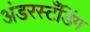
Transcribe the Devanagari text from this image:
अंडरस्टँडिंग